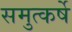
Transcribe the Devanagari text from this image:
समुत्कर्षे